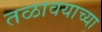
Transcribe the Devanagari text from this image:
तळावयाच्या